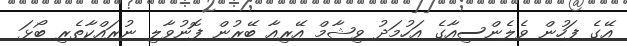
އޭގެ ފަހުން ވެލެންސިއާގެ އަހުމަދު ވިޝާމް އޭރިއާ ބޭރުން ފޮނުވާލި ނުރައްކާތެރި ބޯޅަ